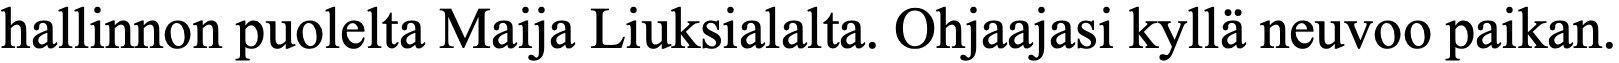
hallinnon puolelta Maija Liuksialalta. Ohjaajasi kyllä neuvoo paikan.